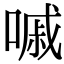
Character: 嘁